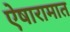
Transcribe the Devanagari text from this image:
ऐषारामात